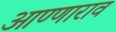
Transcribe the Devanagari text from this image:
आण्णाराव